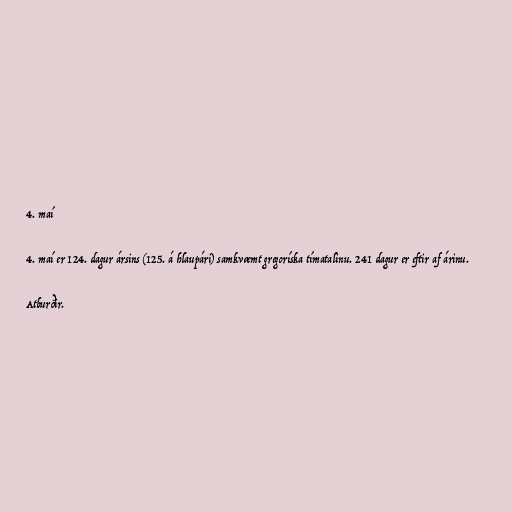
4. maí

4. maí er 124. dagur ársins (125. á hlaupári) samkvæmt gregoríska tímatalinu. 241 dagur er eftir af árinu.

Atburðir.